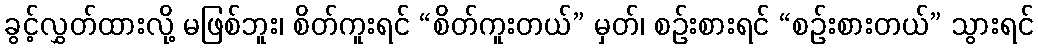
ခွင့်လွှတ်ထားလို့ မဖြစ်ဘူး၊ စိတ်ကူးရင် “စိတ်ကူးတယ်” မှတ်၊ စဉ်းစားရင် “စဉ်းစားတယ်” သွားရင်